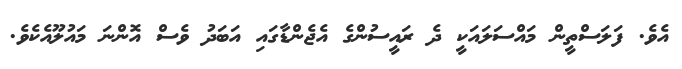
އެވެ. ފަލަސްތީން މައްސަލައަކީ ދެ ރައީސުންގެ އެޖެންޑާގައި އަބަދު ވެސް އޮންނަ މައުލޫއެކެވެ.